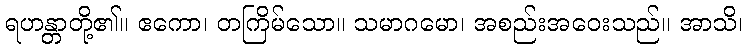
ရဟန္တာတို့၏။ ဧကော၊ တကြိမ်သော။ သမာဂမော၊ အစည်းအဝေးသည်။ အာသိ၊